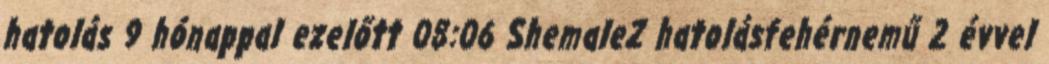
hatolás 9 hónappal ezelőtt 08:06 ShemaleZ hatolásfehérnemű 2 évvel